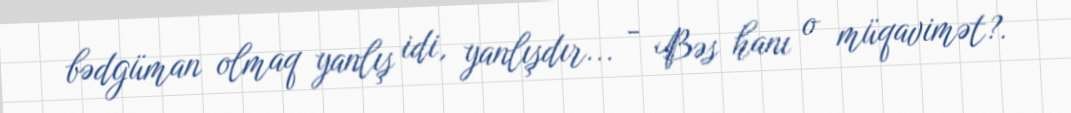
bədgüman olmaq yanlış idi, yanlışdır... - Bəs hanı o müqavimət?.